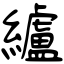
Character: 纑